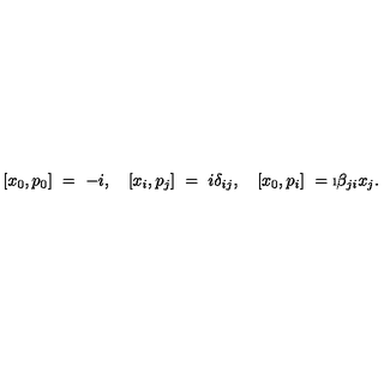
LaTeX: [ x _ { 0 } , p _ { 0 } ] \ = \ - i , \quad [ x _ { i } , p _ { j } ] \ = \ i \delta _ { i j } , \quad [ x _ { 0 } , p _ { i } ] \ = \i \beta _ { j i } x _ { j } .